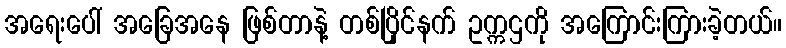
အရေးပေါ် အခြေအနေ ဖြစ်တာနဲ့ တစ်ပြိုင်နက် ဥက္ကဌကို အကြောင်းကြားခဲ့တယ်။